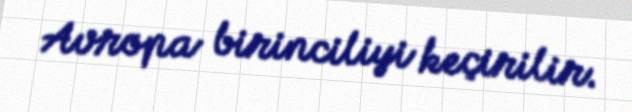
Avropa birinciliyi keçirilir.